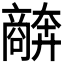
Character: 𫬩